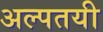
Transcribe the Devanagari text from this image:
अल्पतयी